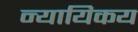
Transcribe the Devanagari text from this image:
न्यायिकय